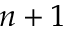
n + 1